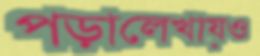
পড়ালেখায়ও